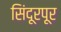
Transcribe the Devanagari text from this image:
सिंदूरपूर